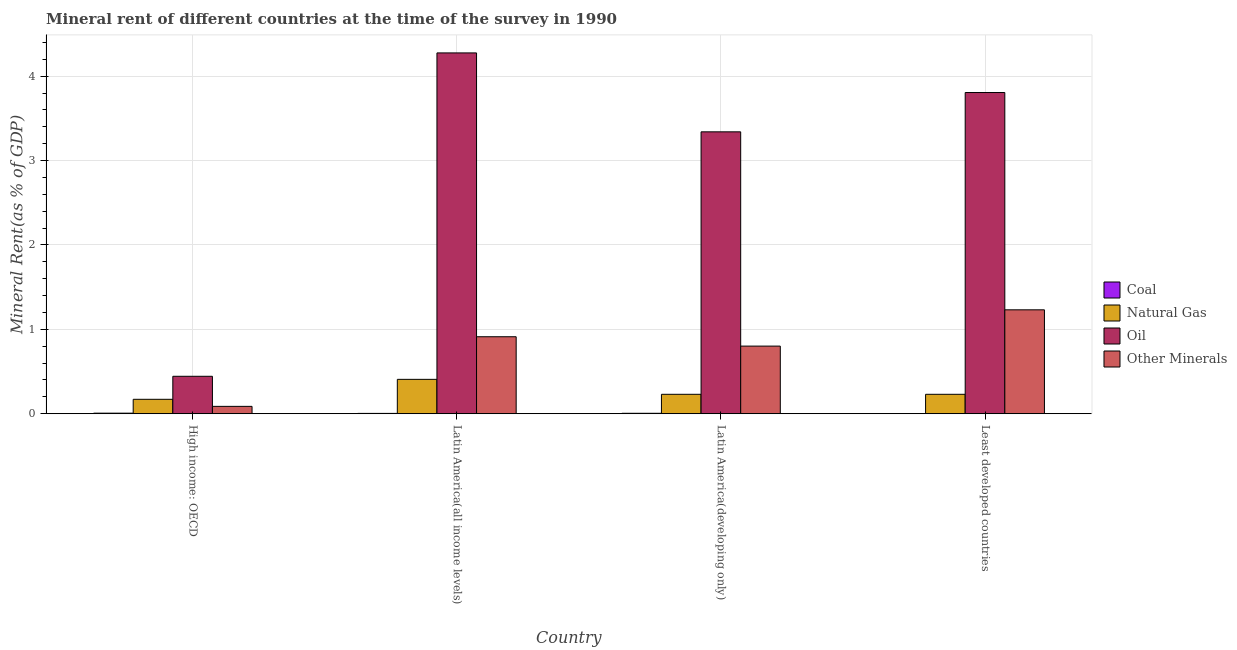
| Country | Coal | Natural Gas | Oil | Other Minerals |
 | --- | --- | --- | --- | --- |
 | High income: OECD | 0.00683 | 0.171 | 0.444 | 0.0873 |
 | Latin America(all income levels) | 0.00406 | 0.408 | 4.28 | 0.912 |
 | Latin America(developing only) | 0.0053 | 0.23 | 3.34 | 0.801 |
 | Least developed countries | 0.000812 | 0.23 | 3.81 | 1.23 |